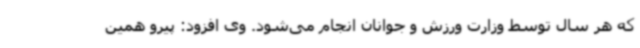
که هر سال توسط وزارت ورزش و جوانان انجام می‌شود. وی افزود: پیرو همین